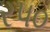
ર૫૦